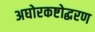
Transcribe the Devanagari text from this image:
अघोरकष्टोद्धरण